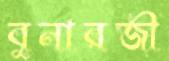
বুনারজী